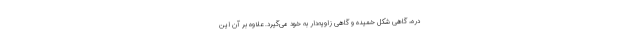
دره، گاهی شکل خمیده و گاهی زاویه‌دار به خود می‌گیرد. علاوه بر آن این